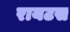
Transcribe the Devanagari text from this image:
रायटस